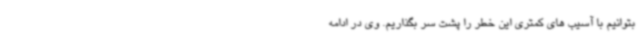
بتوانیم با آسیب های کمتری این خطر را پشت سر بگذاریم. ‌وی در ادامه